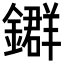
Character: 𨮉